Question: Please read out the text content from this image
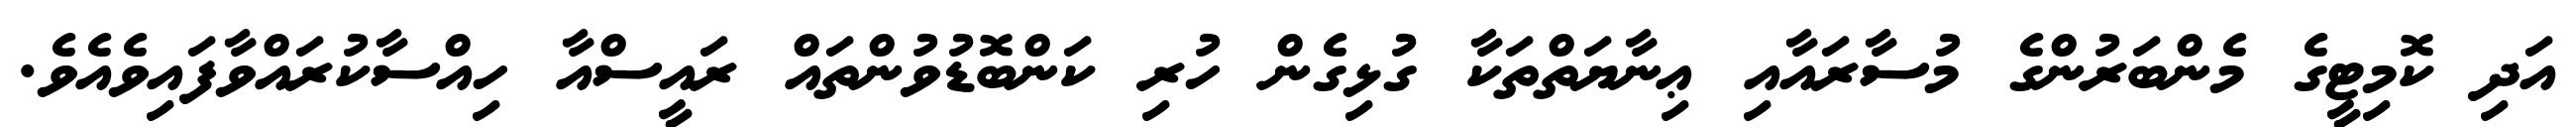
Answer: އަދި ކޮމިޓީގެ މެންބަރުންގެ މުސާރައާއި ޢިނާޔަތްތަކާ ގުޅިގެން ހުރި ކަންބޮޑުވުންތައް ރައީސްއާ ހިއްސާކުރައްވާފައިވެއެވެ.